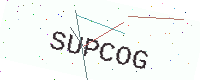
Text: SUPCOG